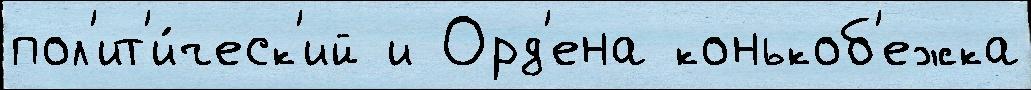
пол'ит'и́ческ'ий и Орд'ена конькоб'ежка